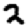
Digit: 2